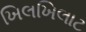
ખિલખિલાટ